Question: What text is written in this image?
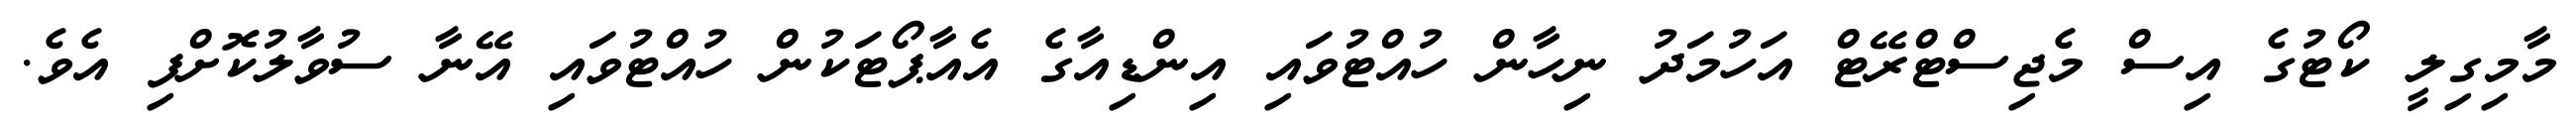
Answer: މާމިގިލީ ކޯޓުގެ އިސް މެޖިސްޓްރޭޓް އަހުމަދު ނިހާން ހުއްޓުވައި އިންޑިއާގެ އެއާޕޯޓަކުން ހުއްޓުވައި އޭނާ ސުވާލުކޮށްފި އެވެ.